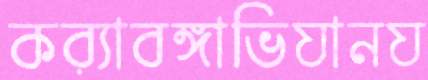
কর্যাবঙ্গাভিযানয